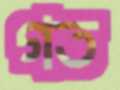
গত